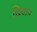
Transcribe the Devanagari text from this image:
छियान